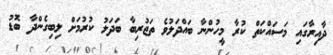
ދާއިރާގައި މަސައްކަތް ކުރާ މީހުންނާ ބައްދަލުވެ ތަޖުރިބާ ބަދަލު ކުރުމަށް ލިބިގެންދާ ބޮޑު